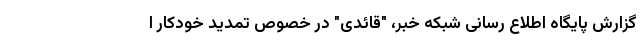
گزارش پایگاه اطلاع رسانی شبکه خبر، "قائدی" در خصوص تمدید خودکار ا